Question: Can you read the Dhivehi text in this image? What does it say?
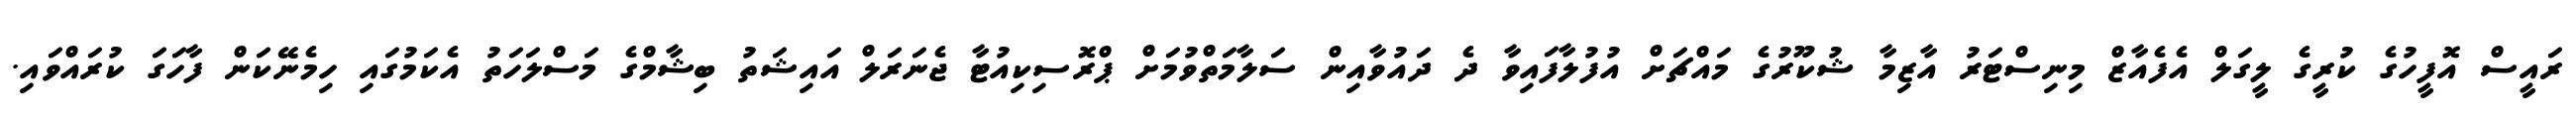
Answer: ރައީސް އޮފީހުގެ ކުރީގެ ލީގަލް އެފެއާޒް މިނިސްޓަރު އާޒިމާ ޝުކޫރުގެ މައްޗަށް އުފުލާފައިވާ ދެ ދައުވާއިން ސަލާމަތްވުމަށް ޕްރޮސިކިއުޓާ ޖެނަރަލް އައިޝަތު ބިޝާމްގެ މަސްލަހަތު އެކަމުގައި ހިމެނޭކަން ފާހަގަ ކުރައްވައި.